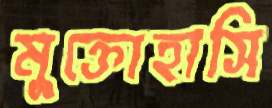
মুক্তোহাসি